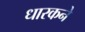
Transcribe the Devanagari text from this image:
धारकने